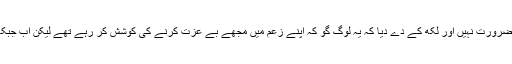
آپؑ نے فرمایا مَیں نے تو مقدمہ نہیں کیا اور وکیل کو بھی کہہ دیا کہ کوئی ضرورت نہیں اور لکھ کے دے دیا کہ یہ لوگ گو کہ اپنے زعم میں مجھے بے عزت کرنے کی کوشش کر رہے تھے لیکن اب جبکہ مقدمہ کا فیصلہ ہو گیا ہے تو جو مقصد تھا ہمارا وہ ہمیں حاصل ہو گیا ہے۔